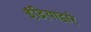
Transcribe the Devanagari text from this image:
इंद्रियाद्वारे